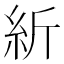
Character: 紤